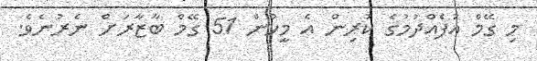
މި ގޭމް އުފެއްދުމުގެ ކުރިން އެ މީހުން 51 ގޭމް ބާޒާރަށް ނެރުނެވެ.